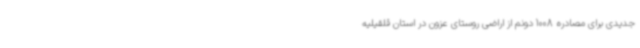
جدیدی برای مصادره 1008 دونم از اراضی روستای عزون در استان قلقیلیه